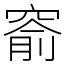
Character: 窬